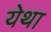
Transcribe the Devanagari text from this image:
येथा